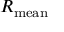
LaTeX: R _ { \mathrm { m e a n } }